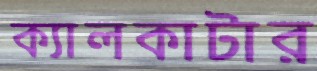
ক্যালকাটার